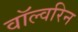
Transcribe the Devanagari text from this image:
वॉल्वरिन